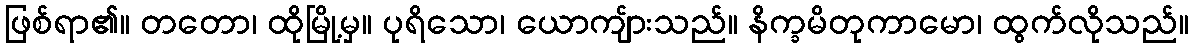
ဖြစ်ရာ၏။ တတော၊ ထိုမြို့မှ။ ပုရိသော၊ ယောကျ်ားသည်။ နိက္ခမိတုကာမော၊ ထွက်လိုသည်။